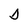
Character: D